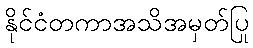
နိုင်ငံတကာအသိအမှတ်ပြု